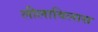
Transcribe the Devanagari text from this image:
लीलाविलास